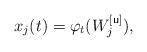
LaTeX: \begin{align*}x_j(t)=\varphi_t(W_j^{[{\sf u}]}),\end{align*}